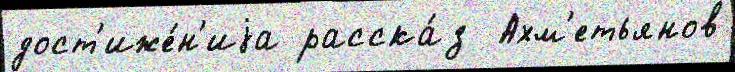
дост'иже́н'иjа расска́з  Ахм'етьянов